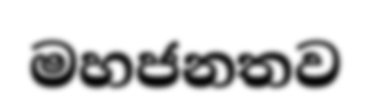
මහජනතව